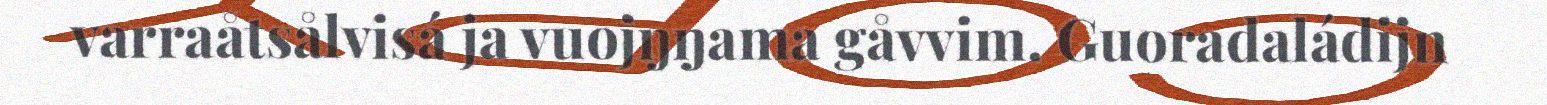
varraåtsålvisá ja vuojŋŋama gåvvim. Guoradaládijn